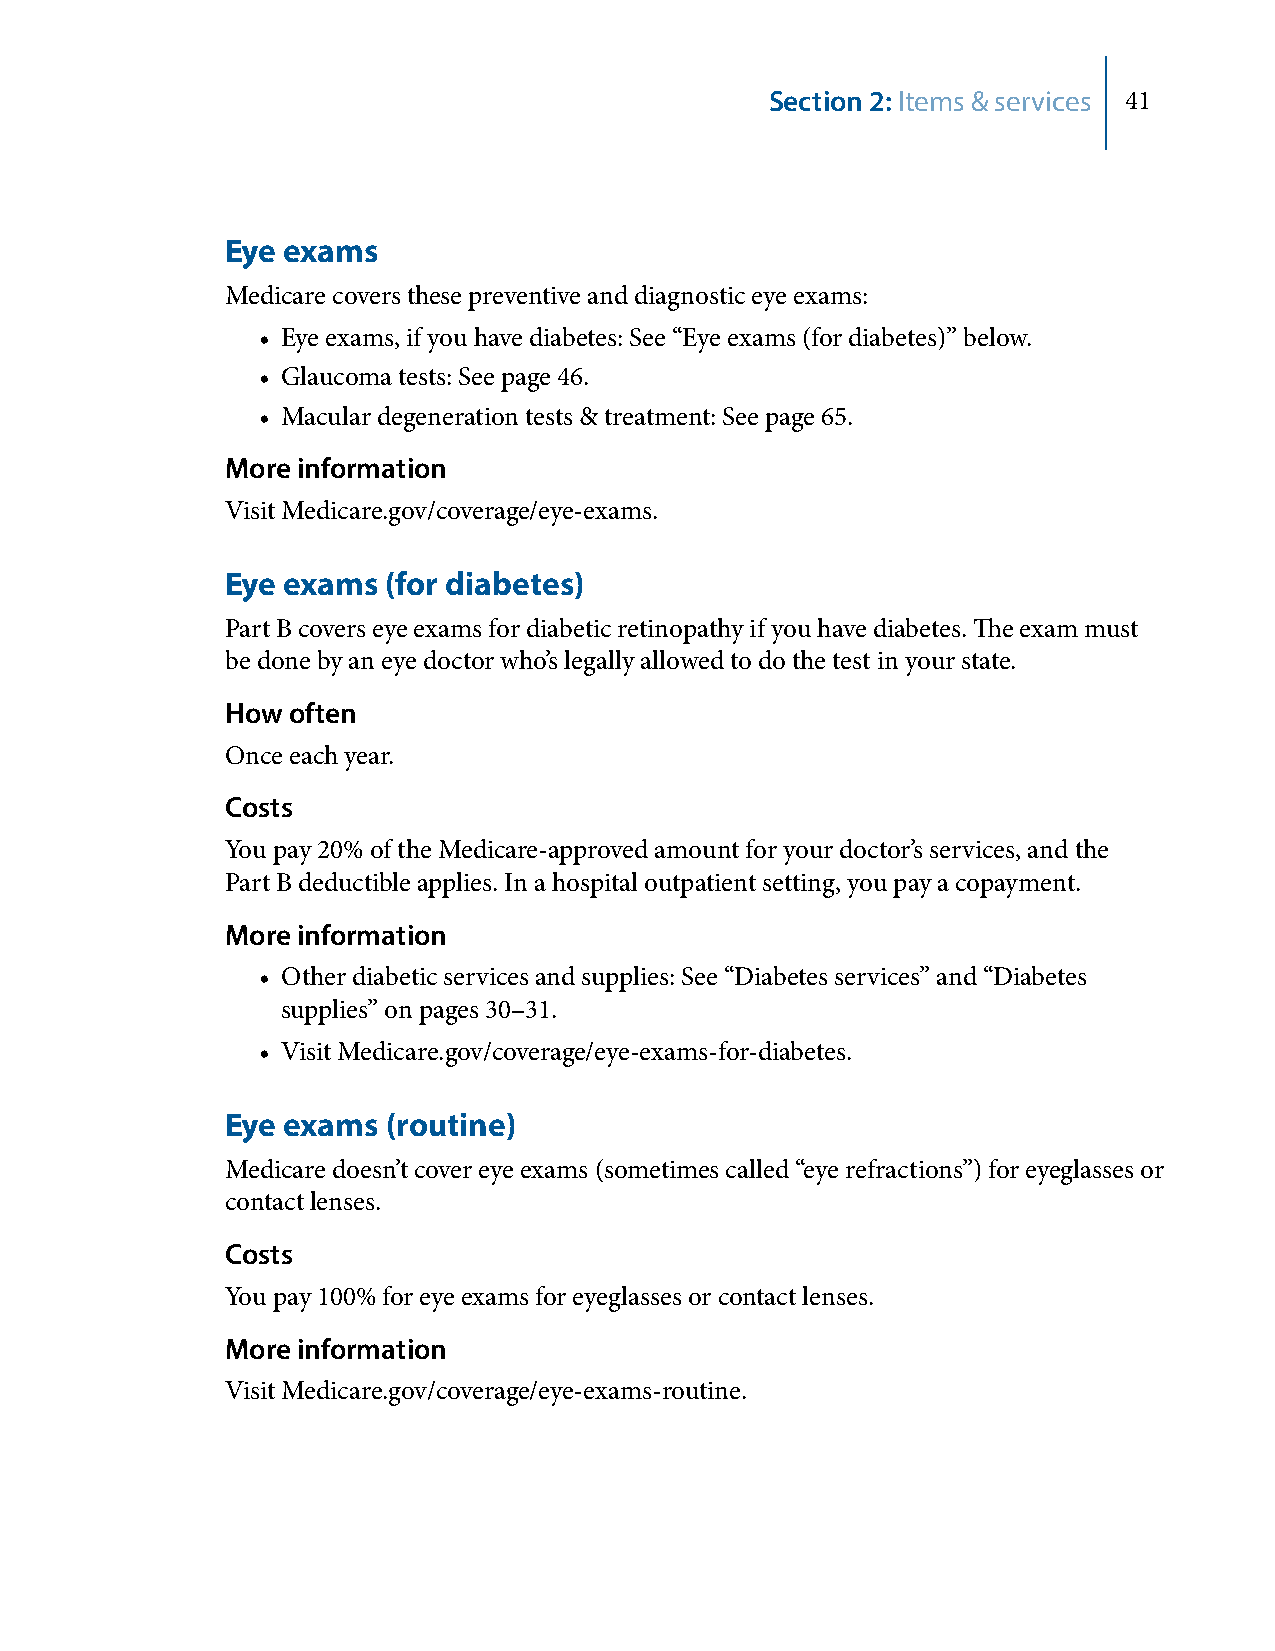
Section 2: Items & services 41
 Eye exams
 Medicare covers these preventive and diagnostic eye exams:
 • Eye exams, if you have diabetes: See “Eye exams (for diabetes)” below.
 • Glaucoma tests: See page 46.
 • Macular degeneration tests & treatment: See page 65.
 More information
 Visit Medicare.gov/coverage/eye-exams.
 Eye exams  (for diabetes)
 Part B covers eye exams for diabetic retinopathy if you have diabetes. The exam must
 be done by an eye doctor who’s legally allowed to do the test in your state.
 How often
 Once each year.
 Costs
 You pay 20% of the Medicare-approved amount for your doctor’s services, and the
 Part B deductible applies. In a hospital outpatient setting, you pay a copayment.
 More information
 • Other diabetic services and supplies: See “Diabetes services” and “Diabetes
 supplies” on pages 30–31.
 • Visit Medicare.gov/coverage/eye-exams-for-diabetes.
 Eye exams  (routine)
 Medicare doesn’t cover eye exams (sometimes called “eye refractions”) for eyeglasses or
 contact lenses.
 Costs
 You pay 100% for eye exams for eyeglasses or contact lenses.
 More information
 Visit Medicare.gov/coverage/eye-exams-routine.